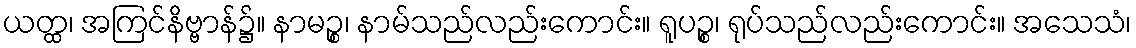
ယတ္ထ၊ အကြင်နိဗ္ဗာန်၌။ နာမဉ္စ၊ နာမ်သည်လည်းကောင်း။ ရူပဉ္စ၊ ရုပ်သည်လည်းကောင်း။ အသေသံ၊